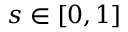
s \in [ 0 , 1 ]